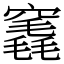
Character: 竁